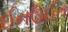
ઈનઉઈત